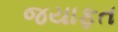
જયાફત